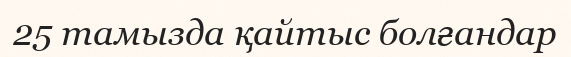
25 тамызда қайтыс болғандар